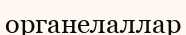
органелаллар